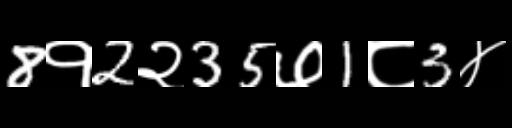
Text: 8१2२35७1८3४